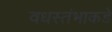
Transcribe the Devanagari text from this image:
वधस्तंभाकडे